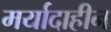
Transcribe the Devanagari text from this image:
मर्यादाहीन